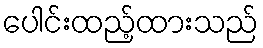
ပေါင်းထည့်ထားသည်